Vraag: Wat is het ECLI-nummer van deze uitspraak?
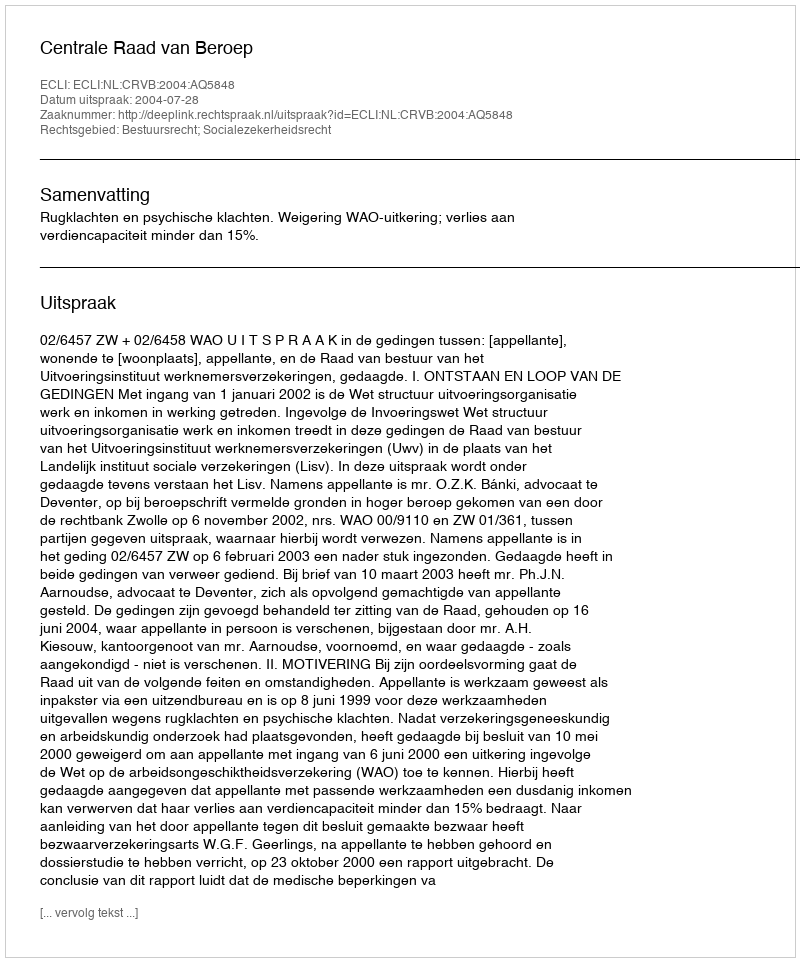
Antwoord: ECLI:NL:CRVB:2004:AQ5848